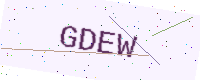
Text: GDEW